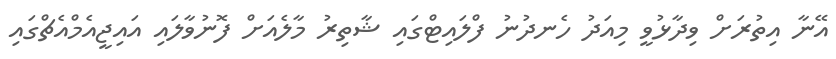
އޭނާ އިތުރަށް ވިދާޅުވީ މިއަދު ހެނދުނު ފްލައިޓްގައި ޝާތިރު މާލެއަށް ފޮނުވާލައި އައިޖީއެމްއެޗްގައި